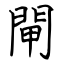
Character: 閘